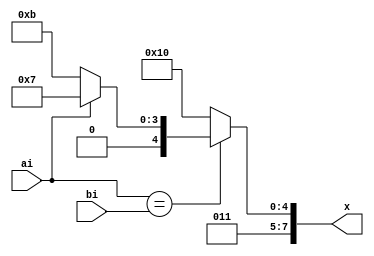
module kpga(x,ai,bi);

input ai,bi;
output reg[7:0] x;

always @(ai or bi)
if(ai==bi)
begin
if(ai==0)
x="k";
else
x="g";
end
else
x="p";

endmodule